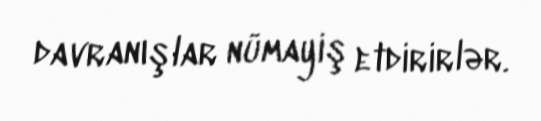
davranışlar nümayiş etdirirlər.